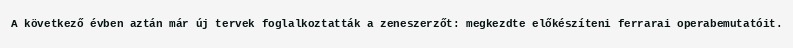
A következő évben aztán már új tervek foglalkoztatták a zeneszerzőt: megkezdte előkészíteni ferrarai operabemutatóit.